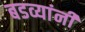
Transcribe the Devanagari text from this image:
बडव्यांनी